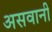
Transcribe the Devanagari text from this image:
असवानी